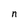
Character: n